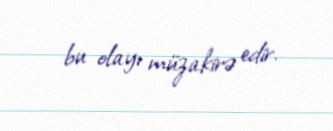
bu olayı müzakirə edir.